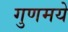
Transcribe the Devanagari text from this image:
गुणमये